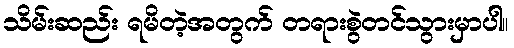
သိမ်းဆည်း ရမိတဲ့အတွက် တရားစွဲတင်သွားမှာပါ။